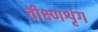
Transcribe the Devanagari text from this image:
तीक्ष्णशृंग